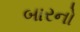
બારનો